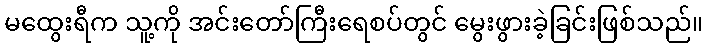
မထွေးရီက သူ့ကို အင်းတော်ကြီးရေစပ်တွင် မွေးဖွားခဲ့ခြင်းဖြစ်သည်။